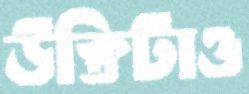
উক্তিটাও